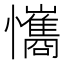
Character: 𢥘